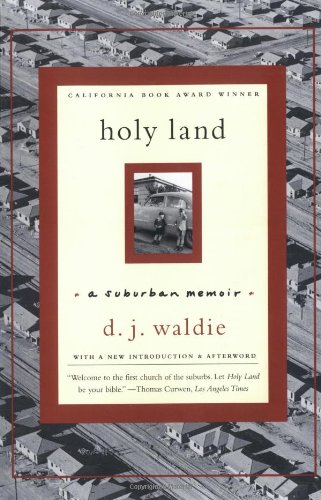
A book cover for Holy Land: A Suburban Memoir; D. J. Waldie; Biographies & Memoirs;